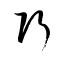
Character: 巧